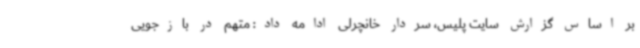
بر اساس گزارش سایت پلیس، سردار خانچرلی ادامه داد: متهم در بازجویی